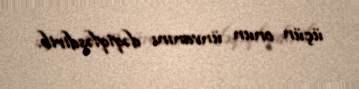
üçün onun ünvanını dəqiqləşdirib.